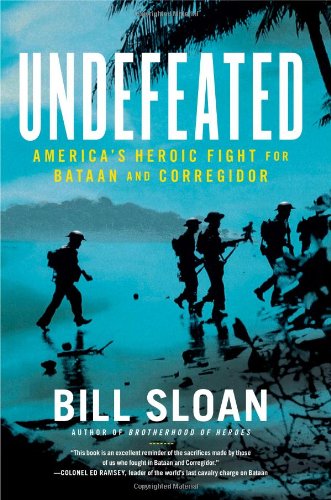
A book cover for Undefeated: America's Heroic Fight for Bataan and Corregidor; Bill Sloan; History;